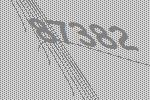
87382